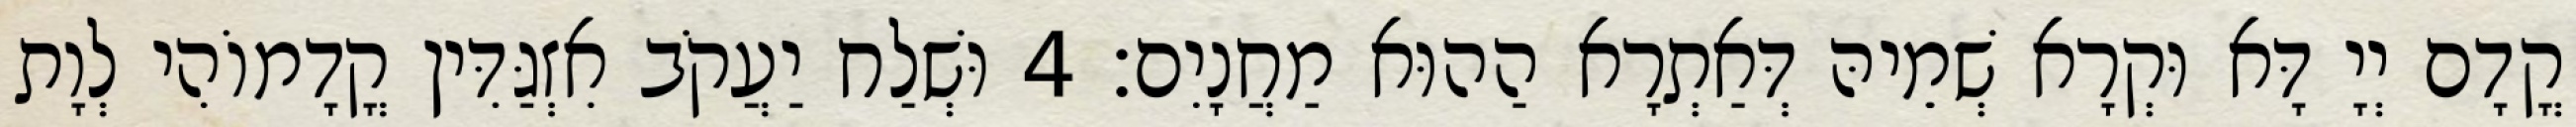
קֳדָם יְיָ דָּא וּקְרָא שְׁמֵיהּ דְּאַתְרָא הַהוּא מַחֲנָיִם׃ 4 וּשְׁלַח יַעֲקֹב אִזְגַּדִּין קֳדָמוֹהִי לְוָת